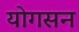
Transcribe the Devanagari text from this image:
योगसन